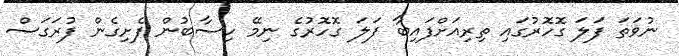
ނުވަތަ ފަލަ ގޮހޮރުގައި ތިރިއަށްފައިބާ ފަލަ ގޮހޮރުގެ ނިމޭ ހިސާބުން ފެށިގެން ފުރަގަސް